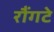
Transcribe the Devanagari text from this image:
रौंगटे